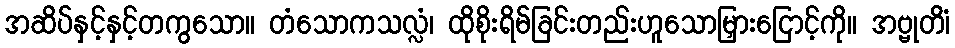
အဆိပ်နှင့်နှင့်တကွသော။ တံသောကသလ္လံ၊ ထိုစိုးရိမ်ခြင်းတည်းဟူသောမြှားငြောင့်ကို။ အဗ္ဗုတိံ၊